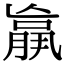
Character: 𮌩